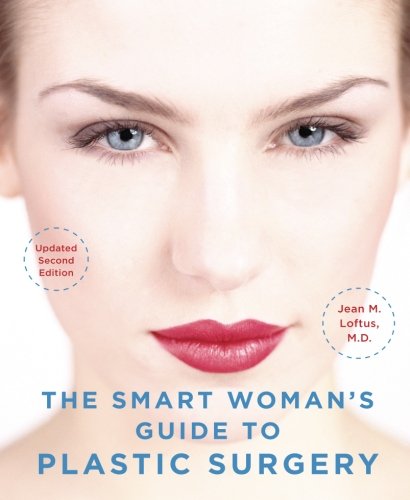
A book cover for The Smart Woman's Guide to Plastic Surgery, Updated Second Edition; Jean Loftus; Health, Fitness & Dieting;